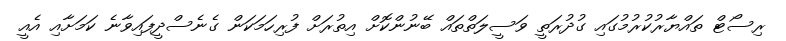
ރިސޯޓް ތައްޔާރުކުރުމުގައި ގުދުރަތީ ވަސީލަތްތައް ބޭނުންކޮށް އިތުރަށް ފުރިހަމަކަން ގެނެސްދީފައިވާނެ ކަމަށާއި އެއީ